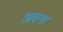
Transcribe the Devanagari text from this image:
अक्श